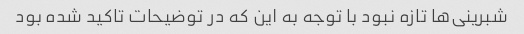
شبرینی‌ها تازه نبود با توجه به این که در توضیحات تاکید شده بود